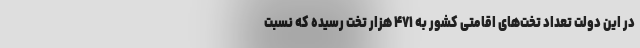
در این دولت تعداد تخت‌های اقامتی کشور به ۴۷۱ هزار تخت رسیده که نسبت